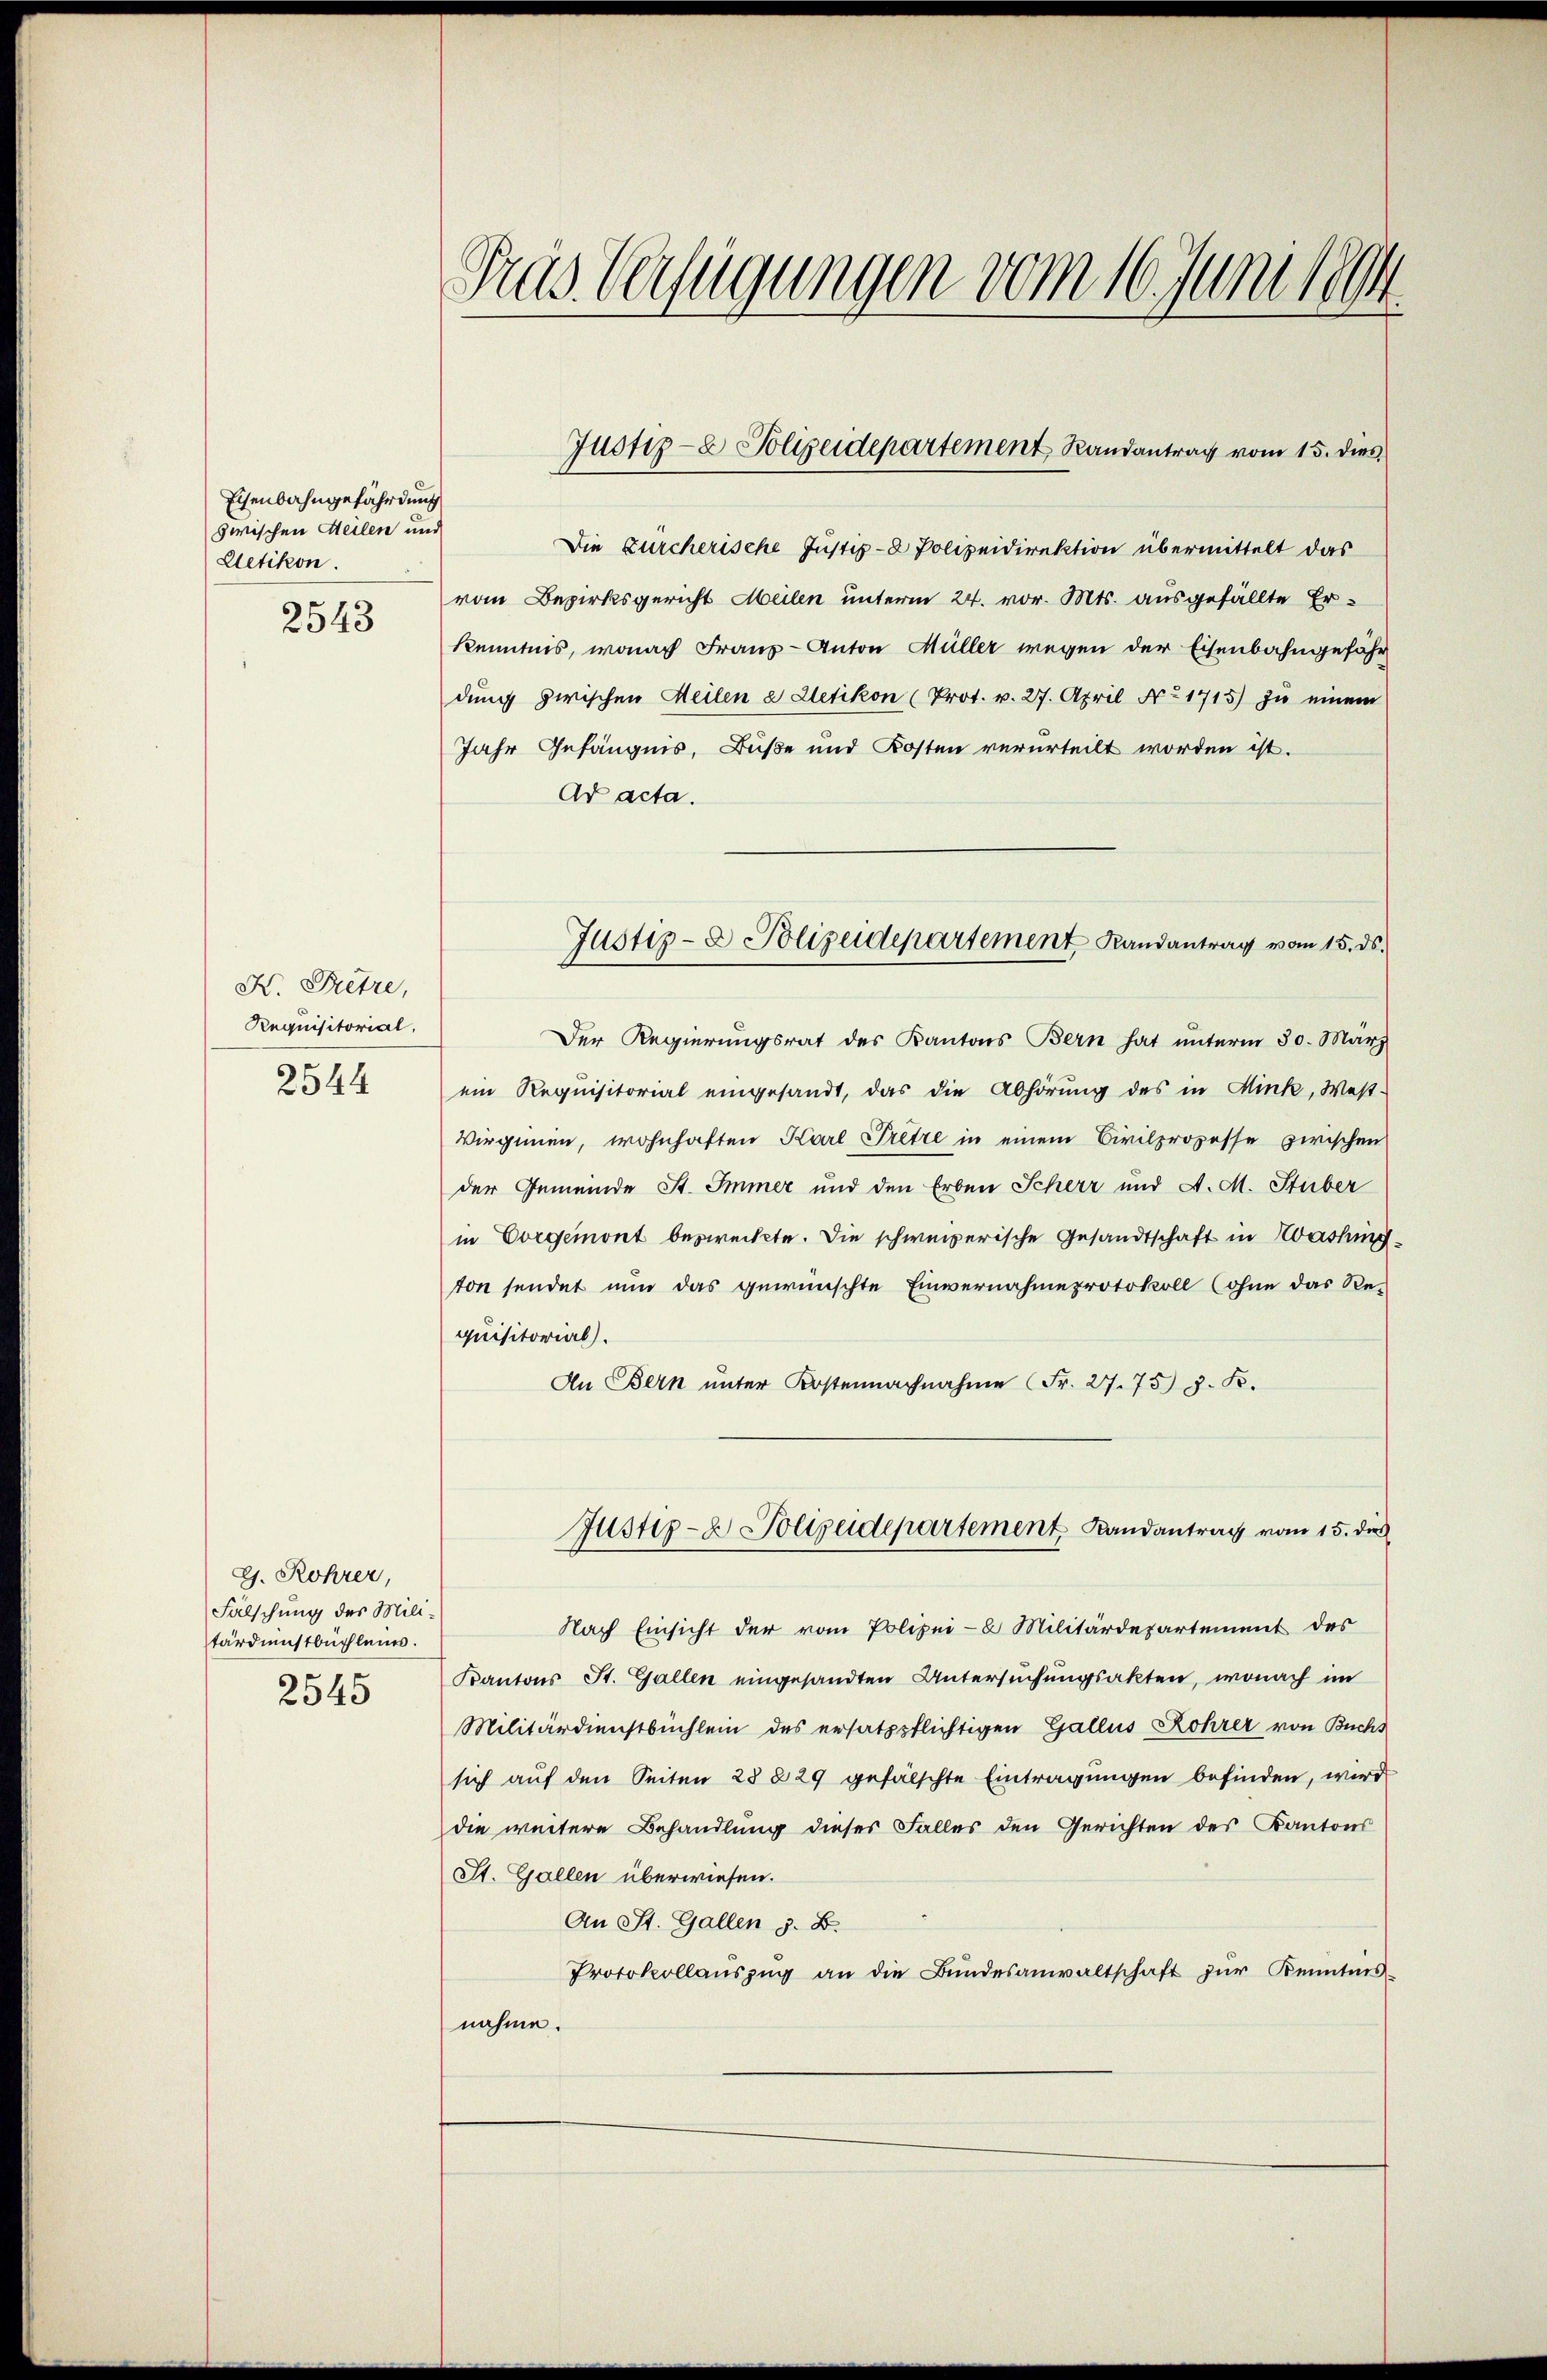
Eisenbahngefährdung
zwischen Heilen und
Uetikon.
2543

K. Pretze,
Requisitorial,
2544

G. Rohrer,
Fälschung des Militärdienstbüchleim.
2545

Tras Verfügungen vom 16. Junisch

Die Zürcherische Justiz-8 Polizeidirektion übermittelt das
vom Bezirksgericht Meilen unterm 24. vor. Mts. ausgefällte Er-
kenntnis, wonach Franz-Anton Müller wegen der Eisenbahngefähr
dung zwischen Heilen a Uetikon (Prot. v. 27. April No 1715) zu einem
Jahr Gefängnis, Buße und Kosten verurteilt worden ist.
Ad acta.
Der Regierungsrat des Kantons Bern hat unterm 30. März
ein Requisitorial eingesandt, das die Abhörung des in Mink, West-
Virginen, wohnhaften Karl Pretze in einem Civilprozesse zwischen
der Gemeinde St. Immer und den Erben Scherr und A. M. Stuber
in Vorgemont bezweckte. Die schweizerische Gesandtschaft in Washing
ton sendet nun das gewünschte Einvernahmeprotokoll (ohne das Requisitorial).
An Bern ŭnter Kostennachnahme (Fr. 27. 75 J. K.
Justiz- & Polizeidepartement Landantrag vom 15. die
Nach Einsicht der vom Polizei- 2 Militärdepartement des
Kantons St. Gallen eingesandten Untersuchungsakten, wonach im
Militärdienstbüchlein des ersatzpflichtigen Gallis Rohrer von Buchs
sich auf den Seiten 28 § 29 gefälschte Eintragungen befinden, wird
die weitere Behandlung dieses Falles den Gerichten des Kantons
St. Gallen überwiesen.
An St. Gallen z. B.
Protokollaŭszŭg an die Bŭndesanwaltschaft zŭr Kenntnis
nahme.

Justiz- & Polizeidepartement Randantrag vom 15. dies

Justiz- & Polizeidepartement Randantrag vom 15. ds.